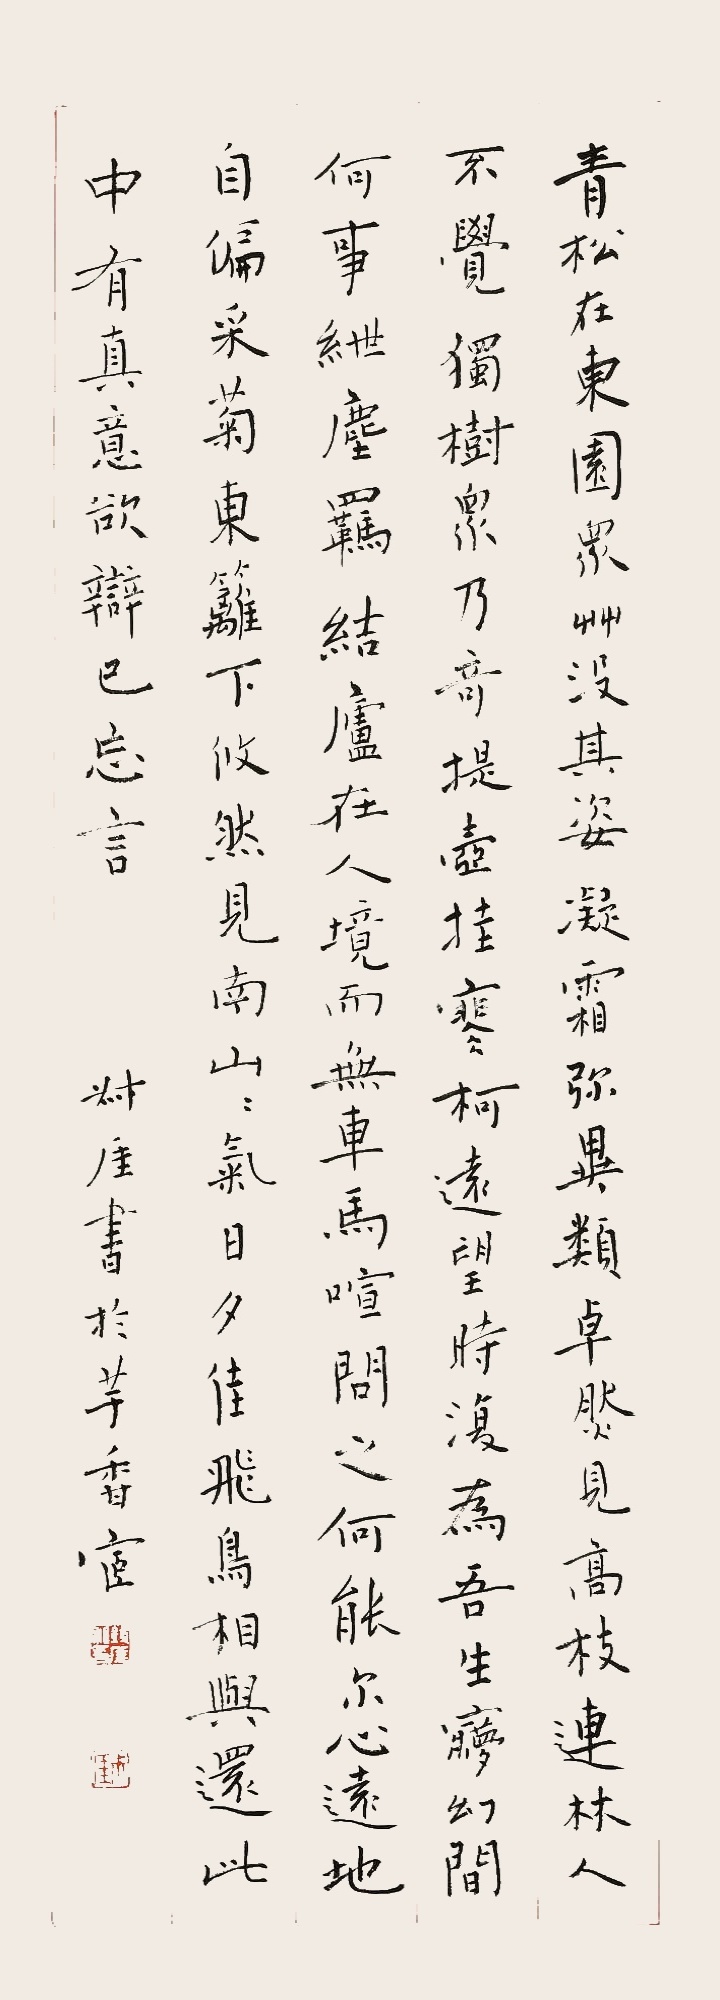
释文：青松在东园，众草没其。凝霜殄异类，卓然见高枝。连林人不觉，独树众乃奇。提壶抚寒柯，远望时复为。吾生梦幻间，何事绁尘羁。结庐在人境，而无车马喧。问君何能尔。心远地自偏。采菊东篱下，悠然见南山。山气日夕佳，飞鸟相与还。此中有真意，欲辨已忘言。叔厓书于芋香宧。